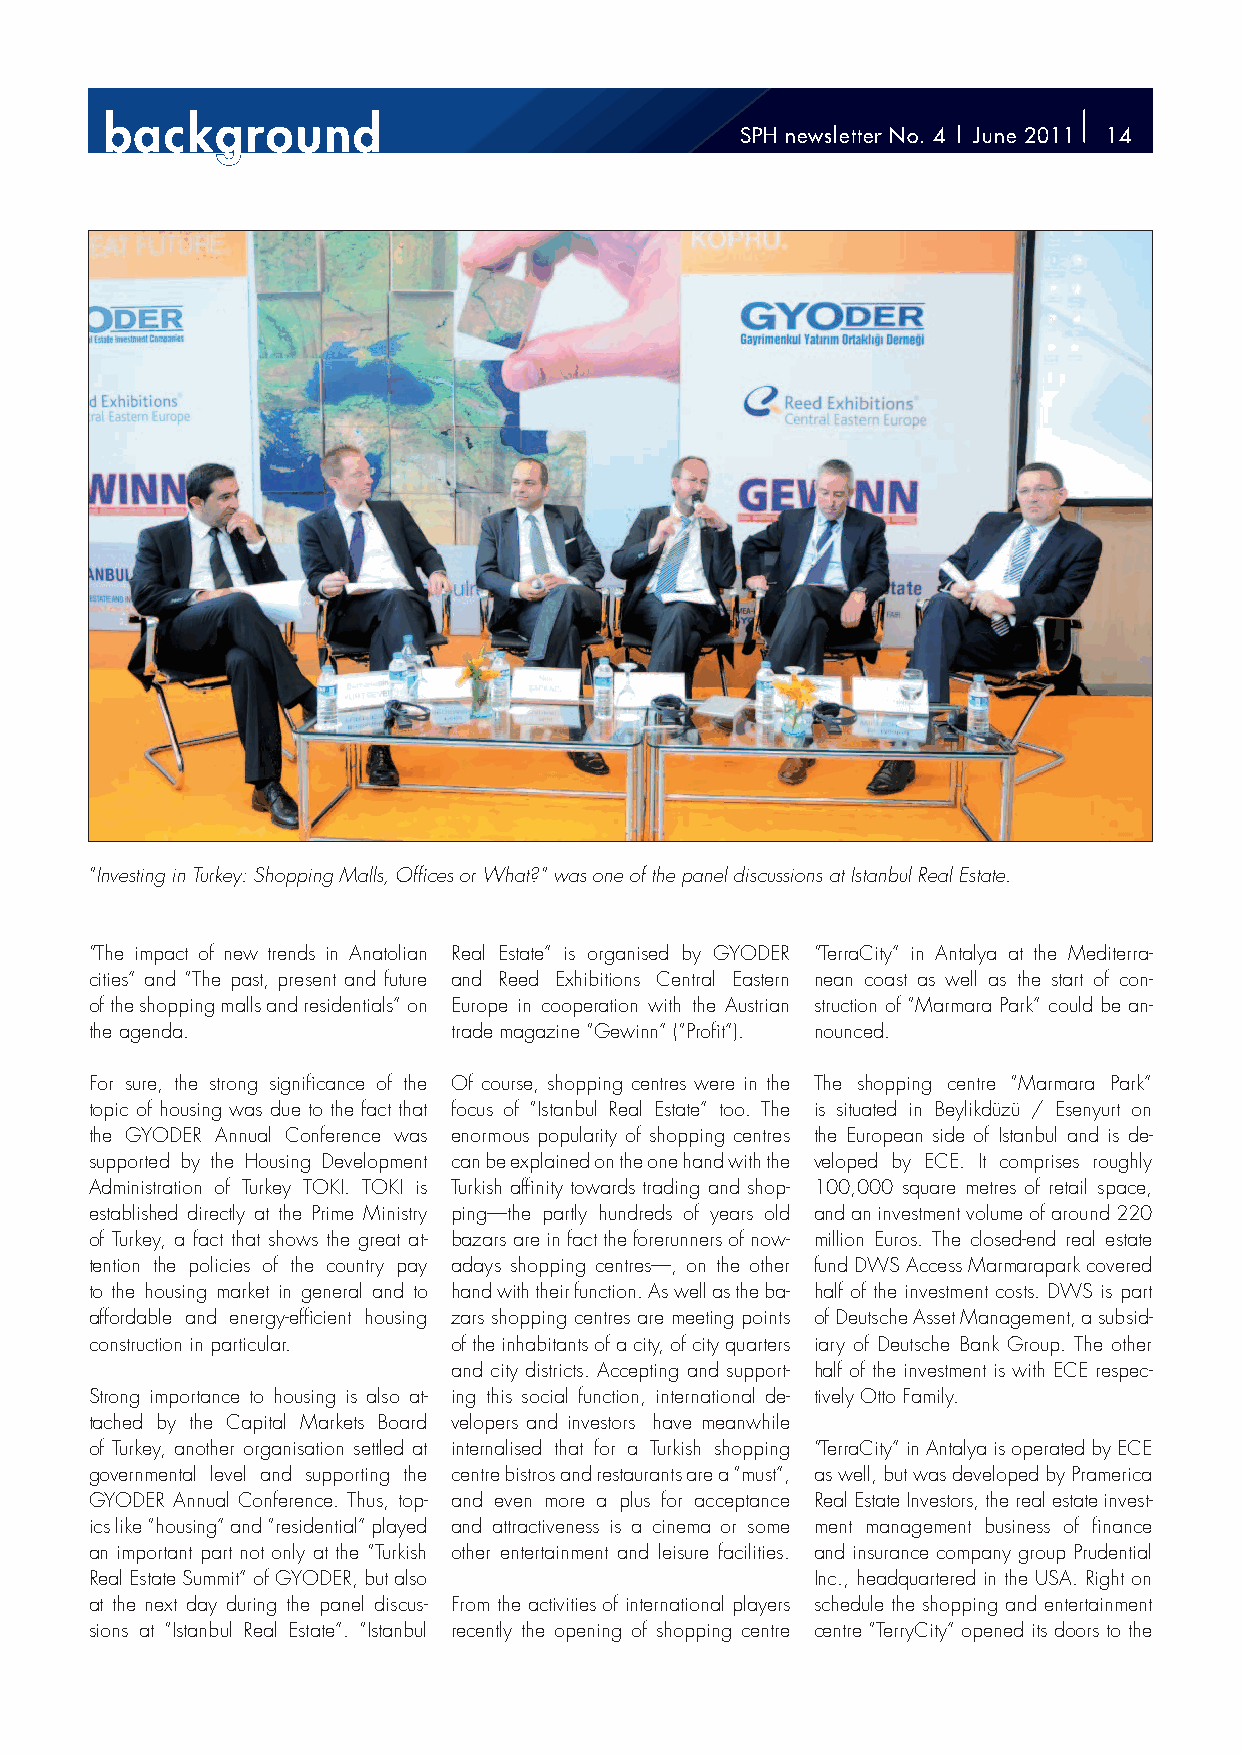
backggrroound
 SPH newsletter No. 4 | June 2011 14
 “Investing in Turkey: Shopping Malls, Offi ces or What?“ was one of the panel discussions at Istanbul Real Estate.
 “The impact of new trends in Anatolian Real Estate” is organised by GYODER “TerraCity” in Antalya at the Mediterra-
 cities” and “The past, present and future and Reed Exhibitions Central Eastern nean coast as well as the start of con-
 of the shopping malls and residentials” on Europe in cooperation with the Austrian struction of “Marmara Park” could be an-
 the agenda.             trade magazine “Gewinn” (“Profi t”). nounced.
 For sure, the strong signifi cance of the Of course, shopping centres were in the The shopping centre “Marmara Park”
 topic of housing was due to the fact that focus of “Istanbul Real Estate” too. The is situated in Beylikdüzü / Esenyurt on
 the GYODER Annual Conference was enormous popularity of shopping centres the European side of Istanbul and is de-
 supported by the Housing Development can be explained on the one hand with the veloped by ECE. It comprises roughly
 Administration of Turkey TOKI. TOKI is Turkish affi nity towards trading and shop- 100,000 square metres of retail space,
 established directly at the Prime Ministry ping—the partly hundreds of years old and an investment volume of around 220
 of Turkey, a fact that shows the great at- bazars are in fact the forerunners of now- million Euros. The closed-end real estate
 tention the policies of the country pay adays shopping centres—, on the other fund DWS Access Mar marapark covered
 to the housing market in general and to hand with their function. As well as the ba- half of the investment costs. DWS is part
 affordable and energy-effi cient housing zars shopping centres are meeting points of Deutsche Asset Management, a subsid-
 construction in particular. of the inhabitants of a city, of city quarters iary of Deutsche Bank Group. The other
 and city districts. Accepting and support- half of the investment is with ECE respec-
 Strong importance to housing is also at- ing this social function, international de- tively Otto Family.
 tached by the Capital Markets Board velopers and investors have meanwhile
 of Turkey, another organisation settled at internalised that for a Turkish shopping “TerraCity” in Antalya is operated by ECE
 governmental level and supporting the centre bistros and restaurants are a “must”, as well, but was developed by Pramerica
 GYODER Annual Conference. Thus, top- and even more a plus for acceptance Real Estate Investors, the real estate invest-
 ics like “housing” and “residential” played and attractiveness is a cinema or some ment management business of fi nance
 an important part not only at the “Turkish other entertainment and leisure facilities. and insurance company group Prudential
 Real Estate Summit” of GYODER, but also         Inc., headquartered in the USA. Right on
 at the next day during the panel discus- From the activities of international players schedule the shopping and entertainment
 sions at “Istanbul Real Estate”. “Istanbul recently the opening of shopping centre centre “TerryCity” opened its doors to the